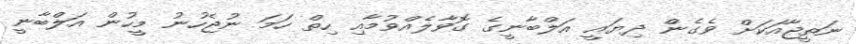
ނަތީޖާއަކަށް ވެގެން ދިޔައީ އަލްބާނީގެ ގޮވާލެއްވުމާއި ހިތް ހަމަ ނުޖެހުނު މީހުން އަލްބާނީ